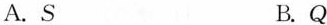
A.S B.Q